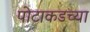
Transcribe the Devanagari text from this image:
पोटाकडच्या